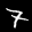
Label: 7